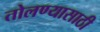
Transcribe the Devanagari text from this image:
तोलण्यासाठी